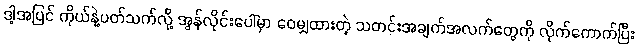
ဒါ့အပြင် ကိုယ်နဲ့ပတ်သက်လို့ အွန်လိုင်းပေါ်မှာ ဝေမျှထားတဲ့ သတင်းအချက်အလက်တွေကို လိုက်ကောက်ပြီး